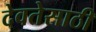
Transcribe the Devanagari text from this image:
देवतेसाठी